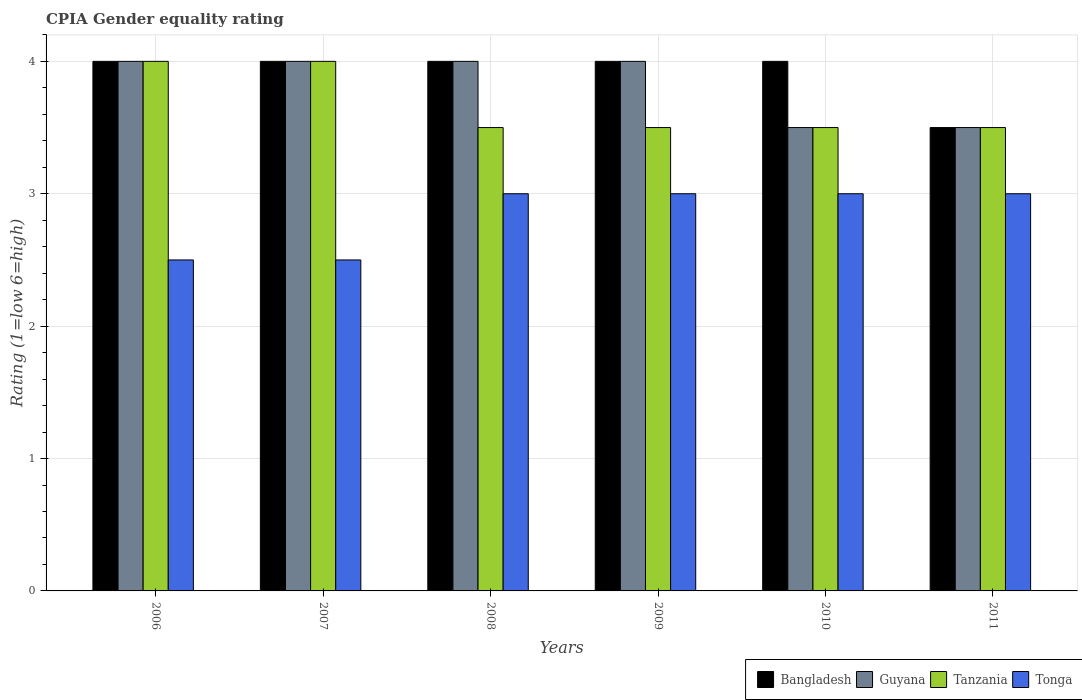
| Years | Bangladesh | Guyana | Tanzania | Tonga |
 | --- | --- | --- | --- | --- |
 | 2006 | 4 | 4 | 4 | 2.5 |
 | 2007 | 4 | 4 | 4 | 2.5 |
 | 2008 | 4 | 4 | 3.5 | 3 |
 | 2009 | 4 | 4 | 3.5 | 3 |
 | 2010 | 4 | 3.5 | 3.5 | 3 |
 | 2011 | 3.5 | 3.5 | 3.5 | 3 |